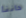
خاننا